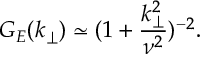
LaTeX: G _ { E } ( k _ { \perp } ) \simeq ( 1 + \frac { k _ { \perp } ^ { 2 } } { \nu ^ { 2 } } ) ^ { - 2 } .